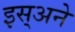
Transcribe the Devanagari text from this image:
इस्अने